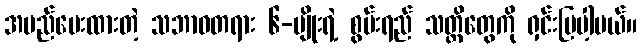
အမည်ပေးထားတဲ့ သဘာဝတရား ၆-မျိုးရဲ့ စွမ်းရည် သတ္တိတွေကို ရှင်းပြပါ့မယ်။